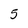
Character: 5